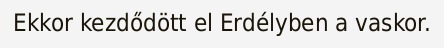
Ekkor kezdődött el Erdélyben a vaskor.